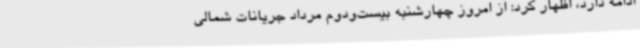
ادامه دارد، اظهار کرد: از امروز چهارشنبه بیست‌ودوم مرداد جریانات شمالی